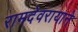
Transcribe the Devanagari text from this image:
रामदेवरायाने